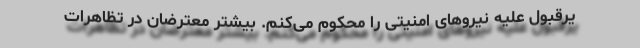
یرقبول علیه نیروهای امنیتی را محکوم می‌کنم. بیشتر معترضان در تظاهرات